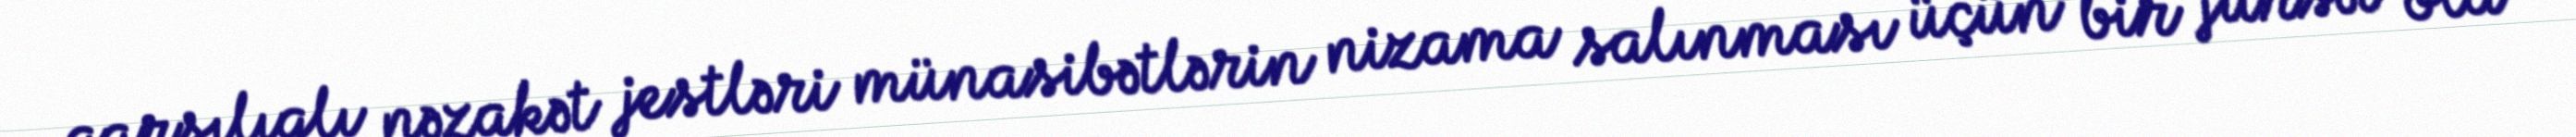
qarşılıqlı nəzakət jestləri münasibətlərin nizama salınması üçün bir fürsət ola